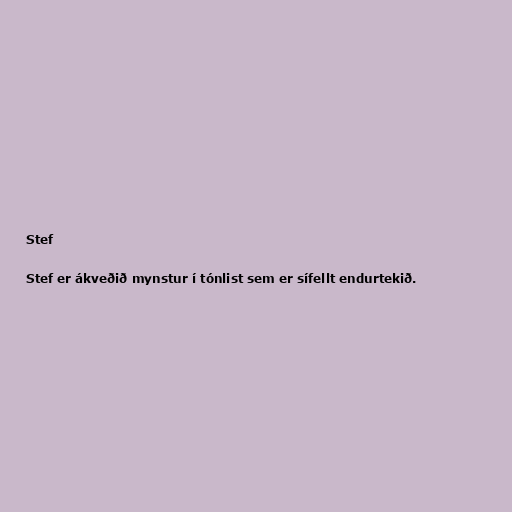
Stef

Stef er ákveðið mynstur í tónlist sem er sífellt endurtekið.